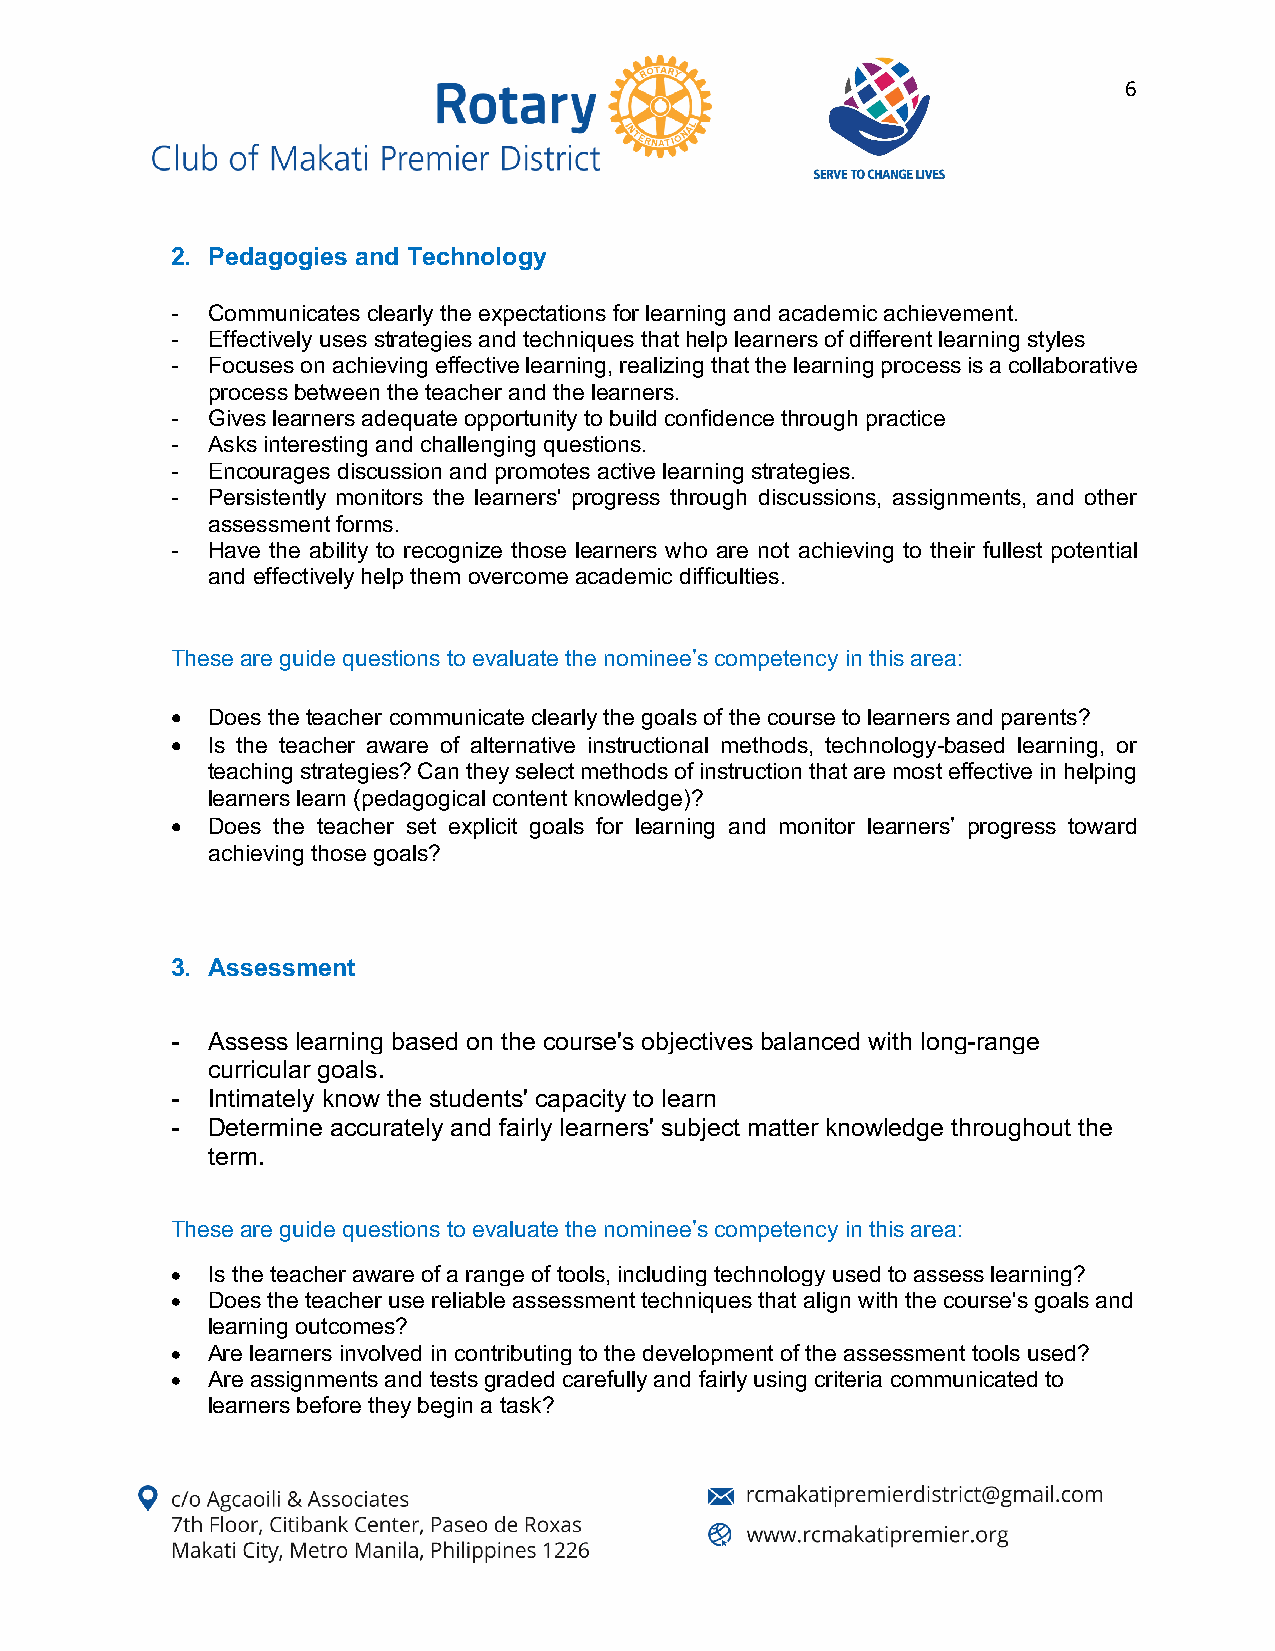
6
 2. Pedagogies and Technology
 -  Communicates clearly the expectations for learning and academic achievement.
 -  Effectively uses strategies and techniques that help learners of different learning styles
 -  Focuses on achieving effective learning, realizing that the learning process is a collaborative
 process between the teacher and the learners.
 -  Gives learners adequate opportunity to build confidence through practice
 -  Asks interesting and challenging questions.
 -  Encourages discussion and promotes active learning strategies.
 -  Persistently monitors the learners' progress through discussions, assignments, and other
 assessment forms.
 -  Have the ability to recognize those learners who are not achieving to their fullest potential
 and effectively help them overcome academic difficulties.
 These are guide questions to evaluate the nominee’s competency in this area:
 •  Does the teacher communicate clearly the goals of the course to learners and parents?
 •  Is the teacher aware of alternative instructional methods, technology-based learning, or
 teaching strategies? Can they select methods of instruction that are most effective in helping
 learners learn (pedagogical content knowledge)?
 •  Does the teacher set explicit goals for learning and monitor learners’ progress toward
 achieving those goals?
 3. Assessment
 -  Assess learning based on the course's objectives balanced with long-range
 curricular goals.
 -  Intimately know the students' capacity to learn
 -  Determine accurately and fairly learners' subject matter knowledge throughout the
 term.
 These are guide questions to evaluate the nominee’s competency in this area:
 •  Is the teacher aware of a range of tools, including technology used to assess learning?
 •  Does the teacher use reliable assessment techniques that align with the course's goals and
 learning outcomes?
 •  Are learners involved in contributing to the development of the assessment tools used?
 •  Are assignments and tests graded carefully and fairly using criteria communicated to
 learners before they begin a task?